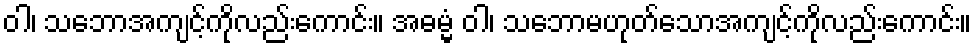
ဝါ၊ သဘောအကျင့်ကိုလည်းကောင်း။ အဓမ္မံ ဝါ၊ သဘောမဟုတ်သောအကျင့်ကိုလည်းကောင်း။